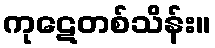
ကုဋေတစ်သိန်း။